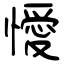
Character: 懓